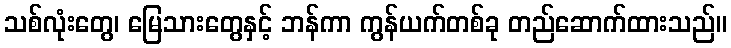
သစ်လုံးတွေ၊ မြေသားတွေနှင့် ဘန်ကာ ကွန်ယက်တစ်ခု တည်ဆောက်ထားသည်။